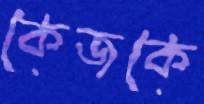
কেজকে